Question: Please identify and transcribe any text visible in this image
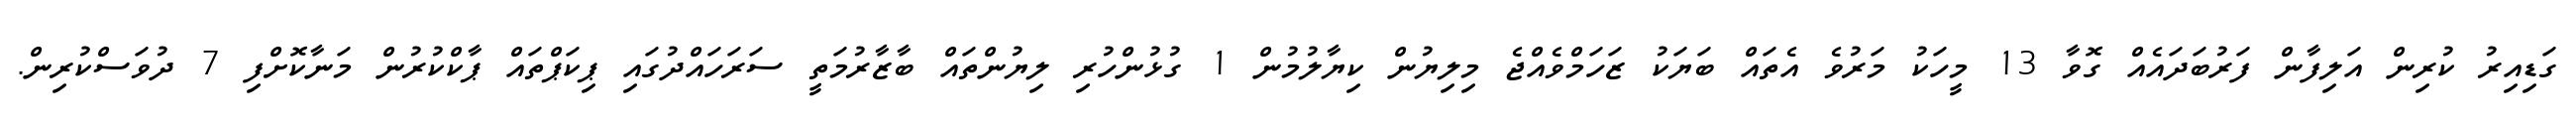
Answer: ގަޑިއިރު ކުރިން އަލިފާން ފަރުބަދައެއް ގޮވާ 13 މީހަކު މަރުވެ އެތައް ބަޔަކު ޒަހަމްވެއްޖެ މިލިޔުން ކިޔާލުމުން 1 ގުޅުންހުރި ލިޔުންތައް ބާޒާރުމަތީ ސަރަހައްދުގައި ޕިކަޕްތައް ޕާކްކުރުން މަނާކޮށްފި 7 ދުވަސްކުރިން.